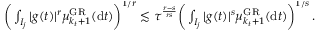
\begin{array} { r } { \bigg ( \int _ { I _ { j } } | g ( t ) | ^ { r } \mu _ { k _ { t } + 1 } ^ { \mathrm { G R } } ( \mathrm { d } t ) \bigg ) ^ { \smash { 1 / r } } \lesssim \tau ^ { \frac { r - s } { r s } } \bigg ( \int _ { I _ { j } } | g ( t ) | ^ { s } \mu _ { k _ { t } + 1 } ^ { \mathrm { G R } } ( \mathrm { d } t ) \bigg ) ^ { \smash { 1 / s } } \, . } \end{array}